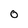
Character: 0